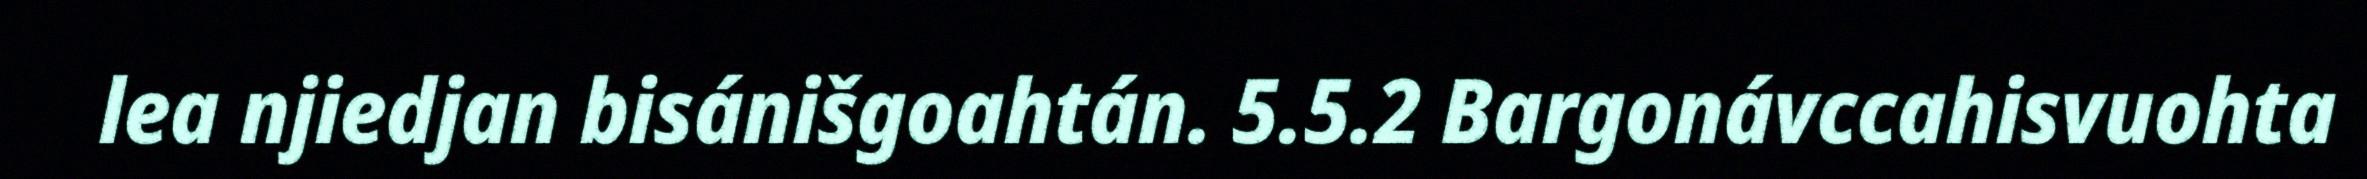
lea njiedjan bisánišgoahtán. 5.5.2 Bargonávccahisvuohta